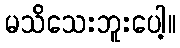
မသိသေးဘူးပေါ့။